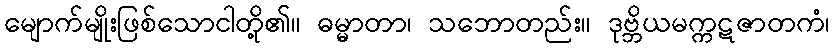
မျောက်မျိုးဖြစ်သောငါတို့၏။ ဓမ္မာတာ၊ သဘောတည်း။ ဒုဗ္ဘိယမက္ကဋဇာတကံ၊